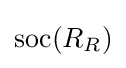
\mathrm {soc} (R_{R})